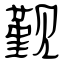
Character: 觐